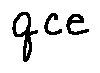
q c e